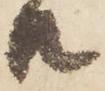
共